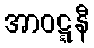
အာဝဋ္ဋနီ